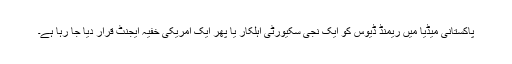
پاکستانی میڈیا میں ریمنڈ ڈیوس کو ایک نجی سکیورٹی اہلکار یا پھر ایک امریکی خفیہ ایجنٹ قرار دیا جا رہا ہے۔